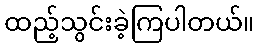
ထည့်သွင်းခဲ့ကြပါတယ်။